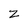
Character: Z